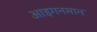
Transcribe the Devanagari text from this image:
आइगनमान